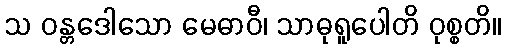
သ ဝန္တဒေါသော မေဓာဝီ၊ သာဓုရူပေါတိ ဝုစ္စတိ။